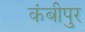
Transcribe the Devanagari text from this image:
कंबीपुर